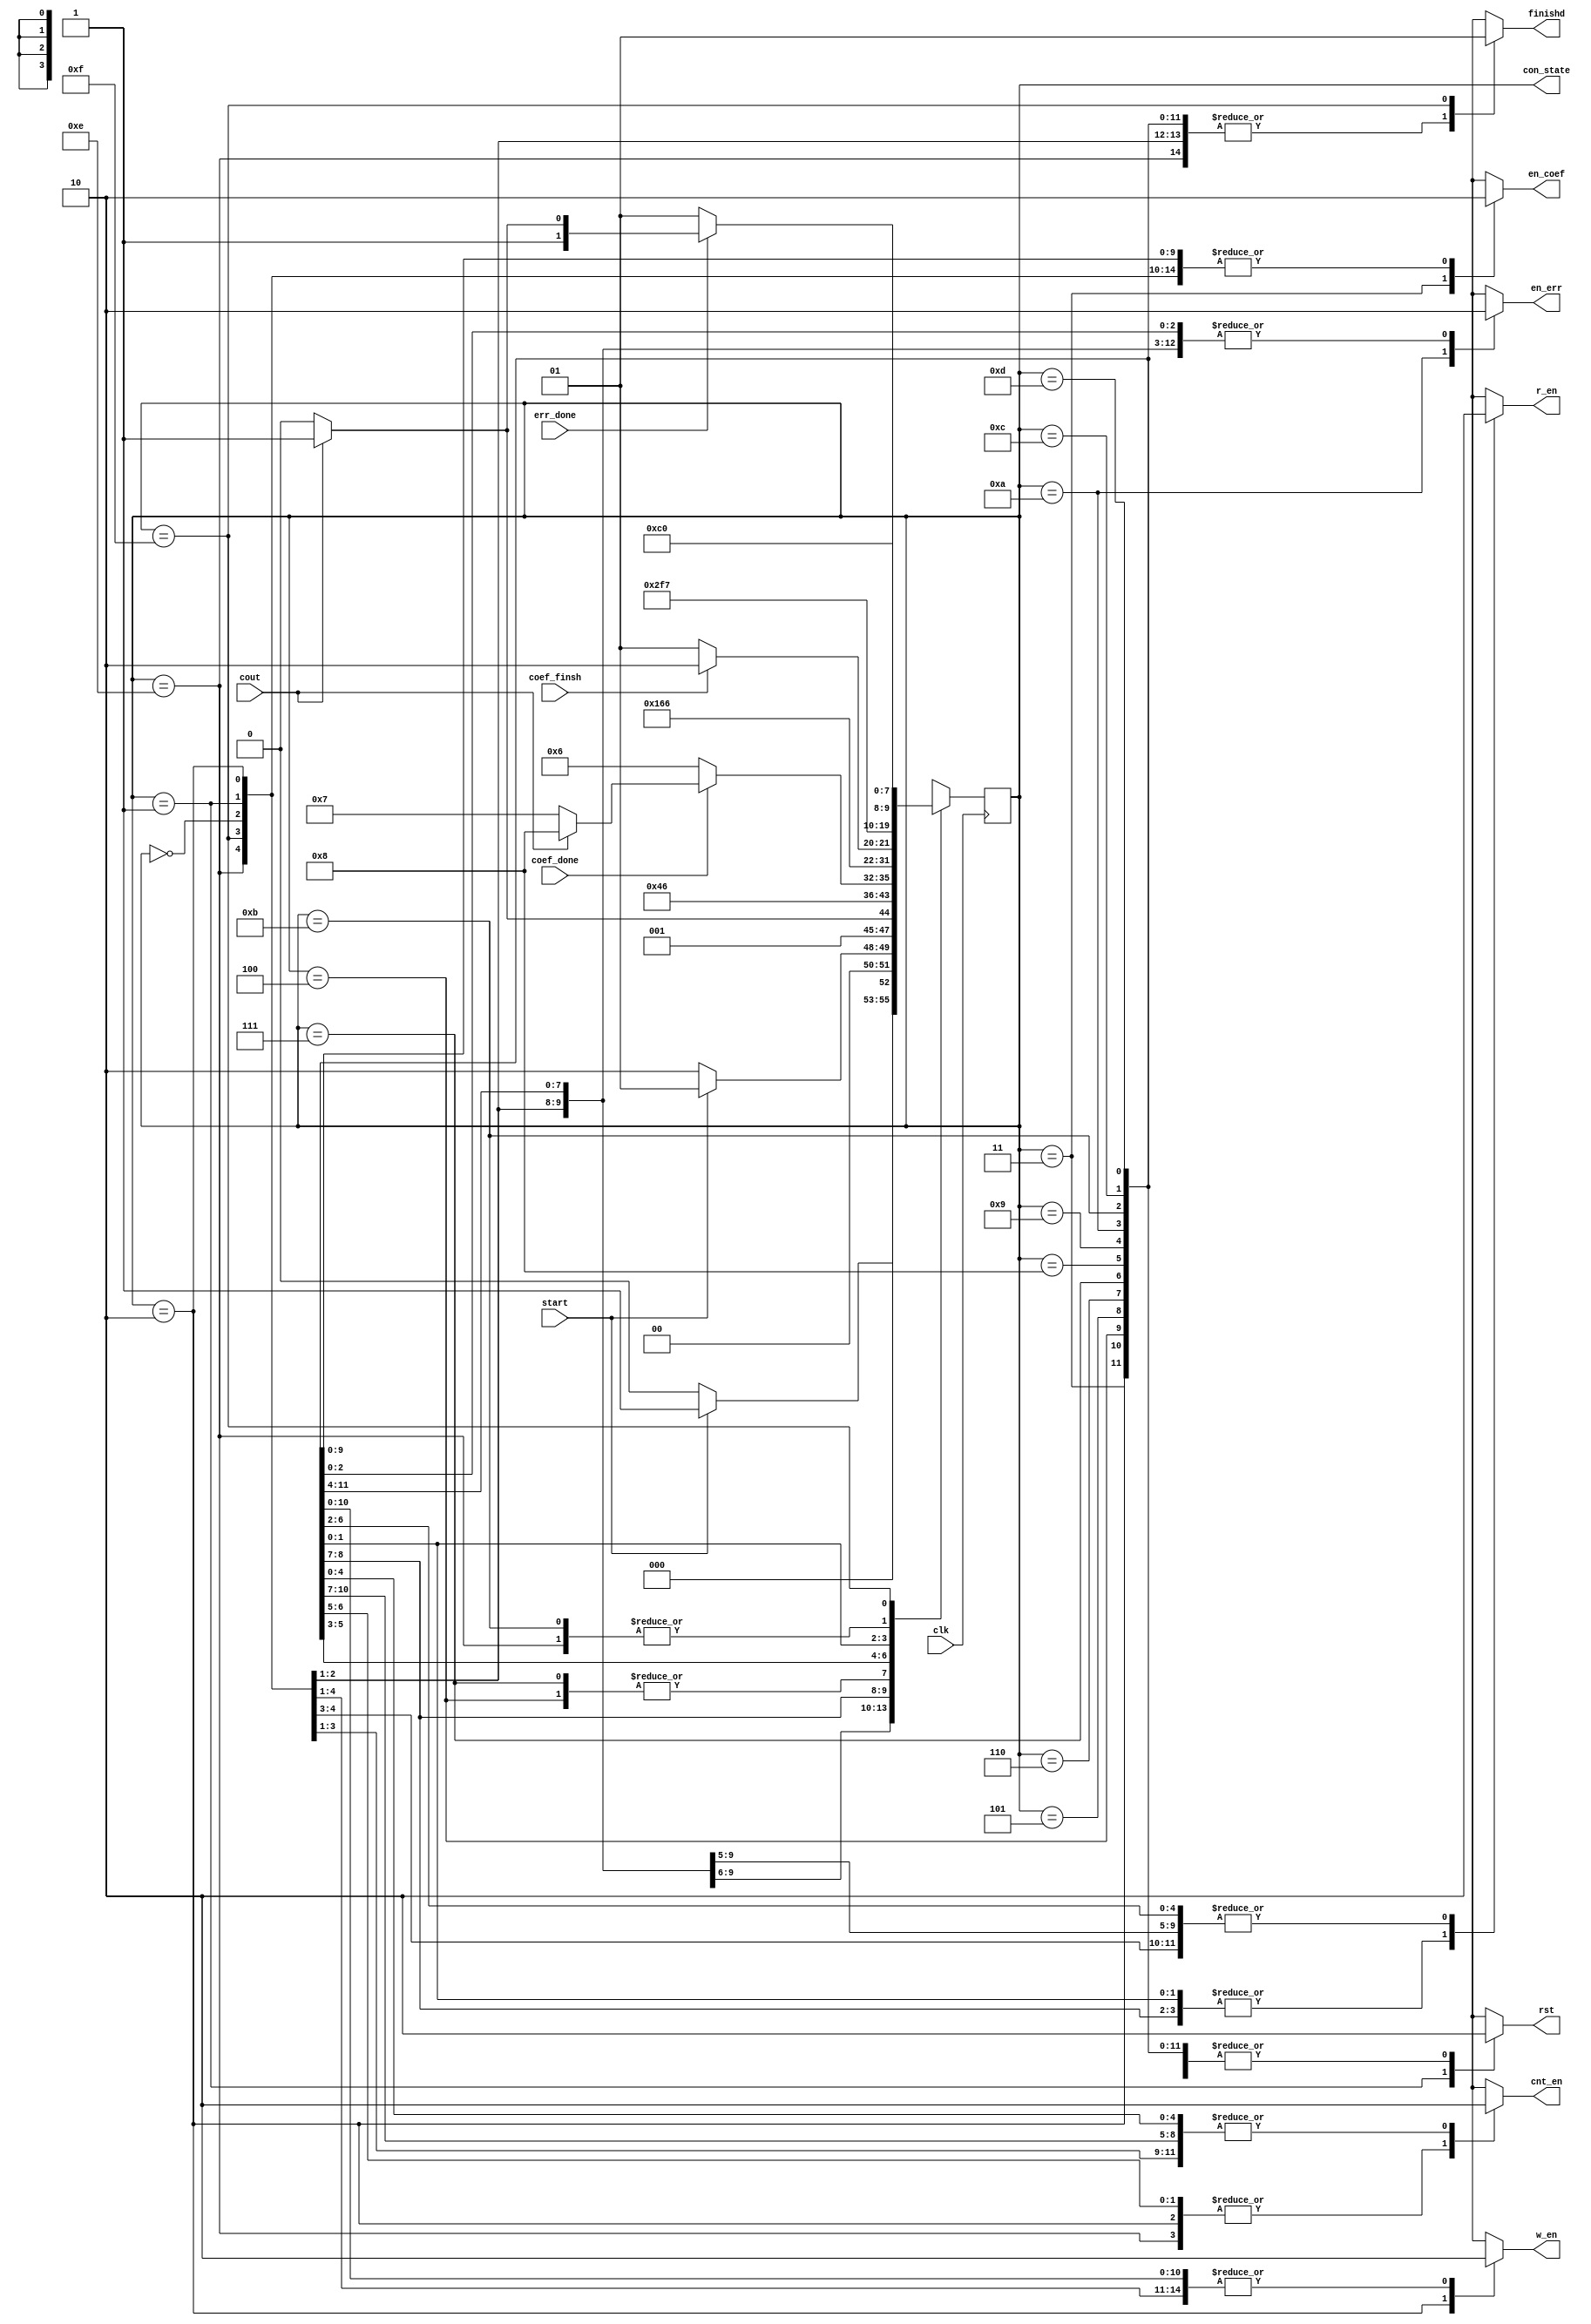
`define idle 4'b0000
`define init 4'b0001
`define read 4'b0010
`define s_cf 4'b0011
`define w_cf 4'b0100
`define read_cf 4'b0101
`define wait_cf 4'b0110
`define cnt_cf 4'b0111
`define ls_cnt_cf 4'b1000
`define cf_dn 4'b1001
`define s_err 4'b1010
`define w_err 4'b1011
`define read_err 4'b1100
`define wait_err 4'b1101
`define cnt_err 4'b1110
`define finished 4'b1111
module control_data_ld(start,cout,coef_done,coef_finsh,err_done,
		en_coef,en_err,finishd,cnt_en,rst,w_en,r_en,clk,con_state);
	input start,cout,coef_done,coef_finsh,err_done,clk;
	output [3:0] con_state;
	output reg en_coef,en_err,cnt_en,rst,w_en,r_en,finishd;
	reg [3:0] ps = `idle, ns;
	assign con_state = ps;
	always@(ps,start,cout,coef_done,coef_finsh,err_done)
	begin
		ns = `idle;
		{en_coef,en_err,cnt_en,rst,w_en,r_en,finishd} = 8'b0;
		
		case(ps)
			`idle: ns = start ? `init : `idle; 
			`init: begin ns = start ? `init : `read; rst = 1'b1; end
			`read: begin ns = cout ? `s_cf : `read;cnt_en = 1'b1;w_en = 1'b1; end 
			`s_cf: begin ns = `w_cf;  en_coef= 1'b1; end
			`w_cf: ns = `read_cf;  
			`read_cf: begin ns = `wait_cf; r_en = 1'b1; end
			`wait_cf: begin ns = coef_done ? (cout ? `ls_cnt_cf : `cnt_cf): `wait_cf;r_en = 1'b1;end 
			`cnt_cf: begin ns = `read_cf; cnt_en = 1'b1; end	
			`ls_cnt_cf: begin ns = `cf_dn; cnt_en = 1'b1; end 
			`cf_dn: ns = coef_finsh?`s_err:4'b1001;
			`s_err: begin ns = `w_err;en_err = 1'b1; end 
			`w_err: begin ns = `read_err; end
			`read_err:begin ns = `wait_err; r_en = 1'b1; end 
			`wait_err: begin ns = err_done ? (cout ? `finished : `cnt_err): `wait_err;r_en = 1'b1; end
			`cnt_err: begin ns = `read_err;cnt_en = 1'b1; end 
			`finished: begin ns = `idle; finishd= 1'b1; end			
		endcase

	end
	always@(posedge clk)
		ps <= ns;


endmodule